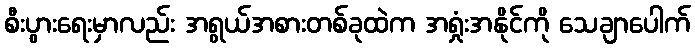
စီးပွားရေးမှာလည်း အရွယ်အစားတစ်ခုထဲက အရှုံးအနိုင်ကို သေချာပေါက်